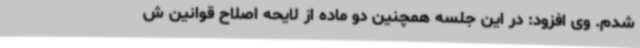
شدم. وی افزود: در این جلسه همچنین دو ماده از لایحه اصلاح قوانین ش